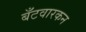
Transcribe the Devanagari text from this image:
बँटवारकन